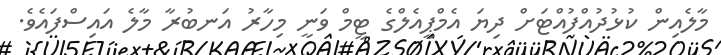
މާލެއިން ކުޅުދުއްފުއްޓަށް ދިޔަ އެމްޕީއެލްގެ ޓީމް ވަނީ މިހާރު އަނބުރާ މާލެ އައިސްފައެވެ.